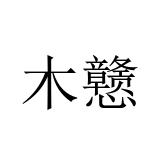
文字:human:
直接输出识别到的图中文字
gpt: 木戆